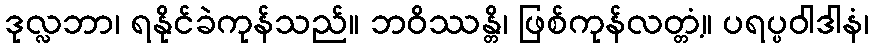
ဒုလ္လဘာ၊ ရနိုင်ခဲကုန်သည်။ ဘဝိဿန္တိ၊ ဖြစ်ကုန်လတ္တံ့။ ပရပ္ပဝါဒါနံ၊